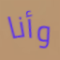
وأنا